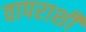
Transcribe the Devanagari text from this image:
वापराशी